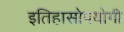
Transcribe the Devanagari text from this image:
इतिहासोपयोगी